Insane asylums in Bengal annual reports 1867-1875 - 1867-1875
Year: 1867
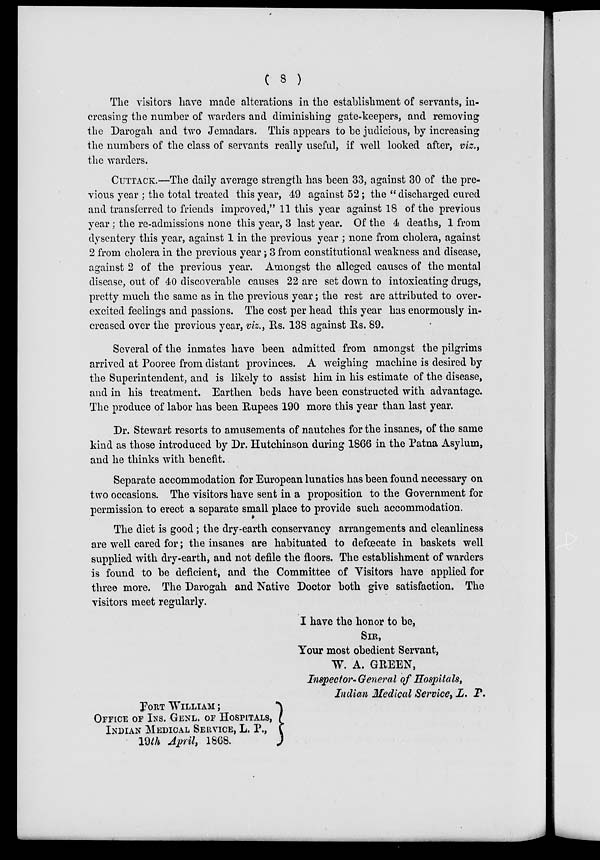
( 8 )
The visitors have made alterations in the establishment of servants, in-
creasing the number of warders and diminishing gate-keepers, and removing
the Darogah and two Jemadars. This appears to be judicious, by increasing
the numbers of the class of servants really useful, if well looked after, viz.,
the warders.
CUTTACK.—The daily average strength has been 33, against 30 of the pre-
vious year ; the total treated this year, 49 against 52; the " discharged cured
and transferred to friends improved," 11 this year against 18 of the previous
year; the re-admissions none this year, 3 last year. Of the 4 deaths, 1 from
dysentery this year, against 1 in the previous year ; none from cholera, against
2 from cholera in the previous year; 3 from constitutional weakness and disease,
against 2 of the previous year. Amongst the alleged causes of the mental
disease, out of 40 discoverable causes 22 are set down to intoxicating drugs,
pretty much the same as in the previous year; the rest are attributed to over-
excited feelings and passions. The cost per head this year has enormously in-
creased over the previous year, viz., Rs. 138 against Rs. 89.
Several of the inmates have been admitted from amongst the pilgrims
arrived at Pooree from distant provinces. A weighing machine is desired by
the Superintendent, and is likely to assist him in his estimate of the disease,
and in his treatment. Earthen beds have been constructed with advantage.
The produce of labor has been Rupees 190 more this year than last year.
Dr. Stewart resorts to amusements of nautches for the insanes, of the same
kind as those introduced by Dr. Hutchinson during 1866 in the Patna Asylum,
and he thinks with benefit.
Separate accommodation for European lunatics has been found necessary on
two occasions. The visitors have sent in a proposition to the Government for
permission to erect a separate small place to provide such accommodation.
The diet is good; the dry-earth conservancy arrangements and cleanliness
are well cared for; the insanes are habituated to defœcate in baskets well
supplied with dry-earth, and not defile the floors. The establishment of warders
is found to be deficient, and the Committee of Visitors have applied for
three more. The Darogah and Native Doctor both give satisfaction. The
visitors meet regularly.
I have the honor to be,
SIR,
Your most obedient Servant,
W. A. GREEN,
Inspector-General of Hospitals,
Indian Medical Service, L. P.
FORT WILLIAM ;
OFFICE OF INS. GENL. OF HOSPITALS,
INDIAN MEDICAL SERVICE, L. P.,
19th April, 1868.